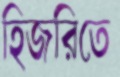
হিজরিতে